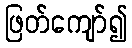
ဖြတ်ကျော်၍